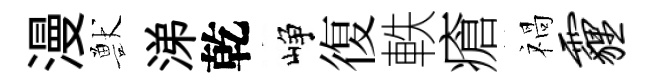
漫獸涕乾峥復軼瘡禍霾